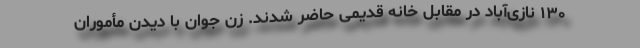
۱۳۰ نازی‌آباد در مقابل خانه قدیمی حاضر شدند. زن جوان با دیدن مأموران